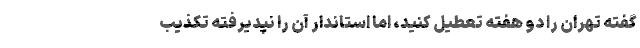
گفته تهران را دو هفته تعطیل کنید، اما استاندار آن را نپدیرفته تکذیب